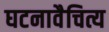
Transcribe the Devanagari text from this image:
घटनावैचित्य